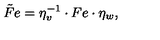
\tilde { F } e = \eta _ { v } ^ { - 1 } \cdot F e \cdot \eta _ { w } ,